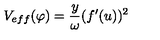
V _ { e f f } ( \varphi ) = \frac { y } { \omega } ( f ^ { \prime } ( u ) ) ^ { 2 }